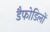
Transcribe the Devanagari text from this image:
डैफोडिलों